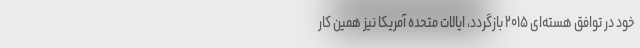
خود در توافق هسته‌ای ۲۰۱۵ بازگردد، ایالات متحده آمریکا نیز همین کار